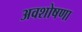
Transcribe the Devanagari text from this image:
अवशोषणा